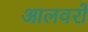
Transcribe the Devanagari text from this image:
आलवरों